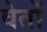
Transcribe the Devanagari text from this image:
वेतों